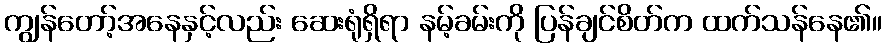
ကျွန်တော့်အနေနှင့်လည်း ဆေးရုံရှိရာ နမ့်ခမ်းကို ပြန်ချင်စိတ်က ထက်သန်နေ၏။